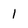
Character: l